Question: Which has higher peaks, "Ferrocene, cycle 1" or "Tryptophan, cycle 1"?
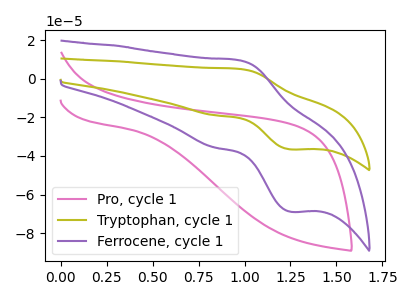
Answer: <think>The pink curve "Pro, cycle 1" has no peaks. The olive curve "Tryptophan, cycle 1" has an anodic peak at (0.95V, 5.10uA) and a cathodic peak at (1.25V, -36.60uA). The purple curve "Ferrocene, cycle 1" has an anodic peak at (0.95V, 9.60uA) and a cathodic peak at (1.25V, -68.85uA).</think>
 <answer>Every peak in "Ferrocene, cycle 1" is higher than every peak in "Tryptophan, cycle 1".</answer>
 <eval>higher</eval>